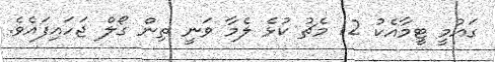
ގައުމީ ޓީމާއެކު 12 މެޗު ކުޅެ ލެމާ ވަނީ ތިން ގޯލް ޖަހައިފައެވެ.